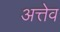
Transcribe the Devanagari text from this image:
अत्तेव